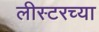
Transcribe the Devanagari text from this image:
लीस्टरच्या